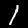
Label: 1